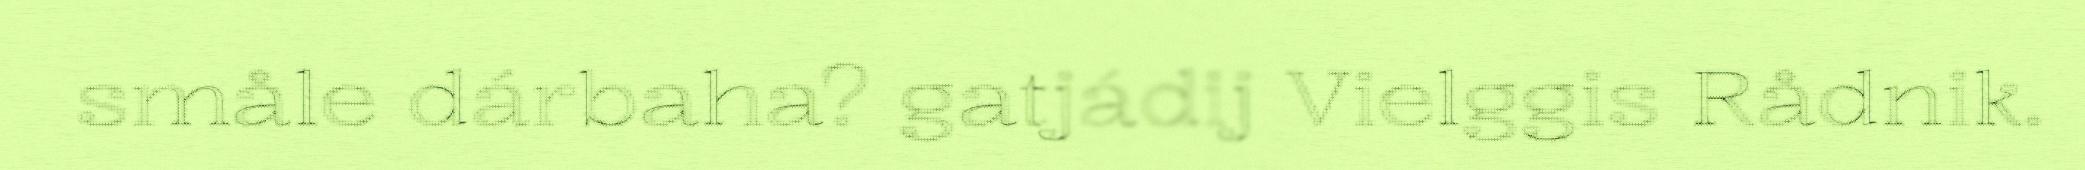
småle dárbaha? gatjádij Vielggis Rådnik.